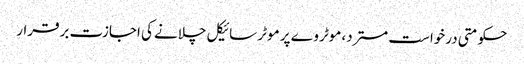
حکومتی درخواست مسترد، موٹر وے پر موٹر سائیکل چلانے کی اجازت برقرار